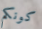
كونكم